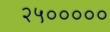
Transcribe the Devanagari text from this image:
२५०००००